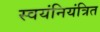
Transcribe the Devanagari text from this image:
स्वयंनियंत्रित